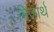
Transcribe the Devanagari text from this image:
निजार्थ